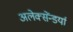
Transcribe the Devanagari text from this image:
अलेक्सेंन्डर्या